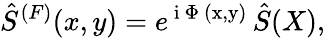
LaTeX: \hat{S}^{(F)}(x,y)=e^{\mathrm{\normalsize~i~\Phi~(x,y)~}}\hat{S}(X),